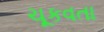
ચૂકવતા